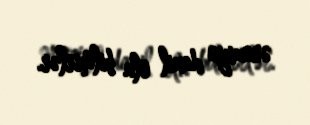
əraziyə daxil ola bilmirlər.